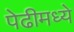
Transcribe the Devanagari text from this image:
पेढीमध्ये